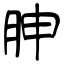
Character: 胂